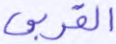
القربى